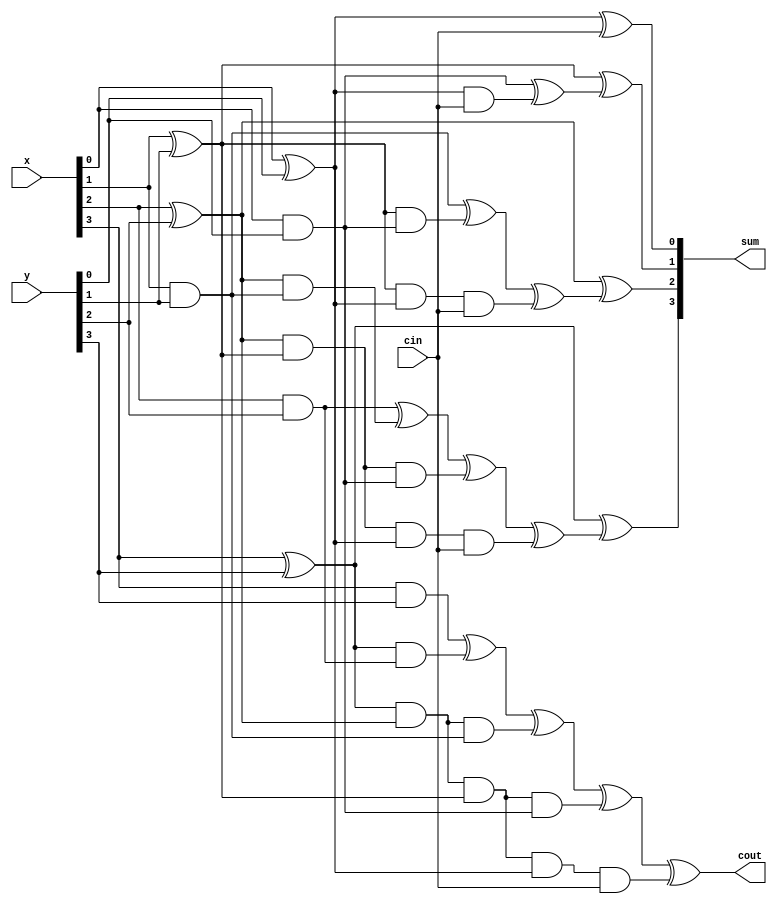
module adder4(x,y,sum,cin,cout);
   parameter maxn = 4;

   input [maxn-1:0] x,y;
   input 			cin;
   output [maxn-1:0] sum;
   output 			 cout;

   assign sum[0] = x[0]^y[0]^cin;
   assign sum[1] = x[1]^y[1]^((x[0]&y[0])^((x[0]^y[0])&cin));
   assign sum[2] = x[2]^y[2]^((x[1]&y[1])^((x[1]^y[1])&(x[0]&y[0]))^((x[1]^y[1])&(x[0]^y[0])&cin));
   assign sum[3] = x[3]^y[3]^((x[2]&y[2])^((x[2]^y[2])&(x[1]&y[1]))
							  ^((x[2]^y[2])&(x[1]^y[1])&(x[0]&y[0]))
							  ^((x[2]^y[2])&(x[1]^y[1])&(x[0]^y[0])&cin));
   assign cout = (x[3]&y[3])^((x[3]^y[3])&(x[2]&y[2]))
	 ^((x[3]^y[3])&(x[2]^y[2])&(x[1]&y[1]))
	 ^((x[3]^y[3])&(x[2]^y[2])&(x[1]^y[1])&(x[0]&y[0]))
	   ^((x[3]^y[3])&(x[2]^y[2])&(x[1]^y[1])&(x[0]^y[0])&cin);
endmodule // adder4

module adder(x,y,sum);
   parameter maxn = 16;

   input [maxn-1:0] x,y;
   output [maxn-1:0] sum;

   wire			  c0,c1,c2;
   
   adder4 obj1(.x(x[3:0]),.y(y[3:0]),.sum(sum[3:0]),.cin(z),.cout(c0));
   adder4 obj2(.x(x[7:4]),.y(y[7:4]),.sum(sum[7:4]),.cin(c0),.cout(c1));
   adder4 obj3(.x(x[11:8]),.y(y[11:8]),.sum(sum[11:8]),.cin(c1),.cout(c2));
   adder4 obj4(.x(x[15:12]),.y(y[15:12]),.sum(sum[15:12]),.cin(c2),.cout(z));
endmodule // adder